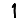
Digit: 1